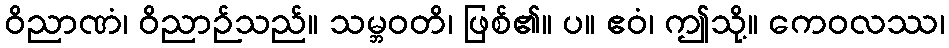
ဝိညာဏံ၊ ဝိညာဉ်သည်။ သမ္ဘဝတိ၊ ဖြစ်၏။ ပ။ ဧဝံ၊ ဤသို့။ ကေဝလဿ၊